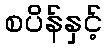
စပိန်နှင့်